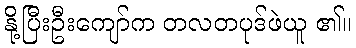
နို့ပြီးဦးကျော်က တလတပုဒ်ဖဲယူ ၏။